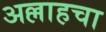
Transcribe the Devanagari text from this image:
अल्लाहचा